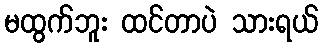
မထွက်ဘူး ထင်တာပဲ သားရယ်